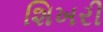
શિખરી